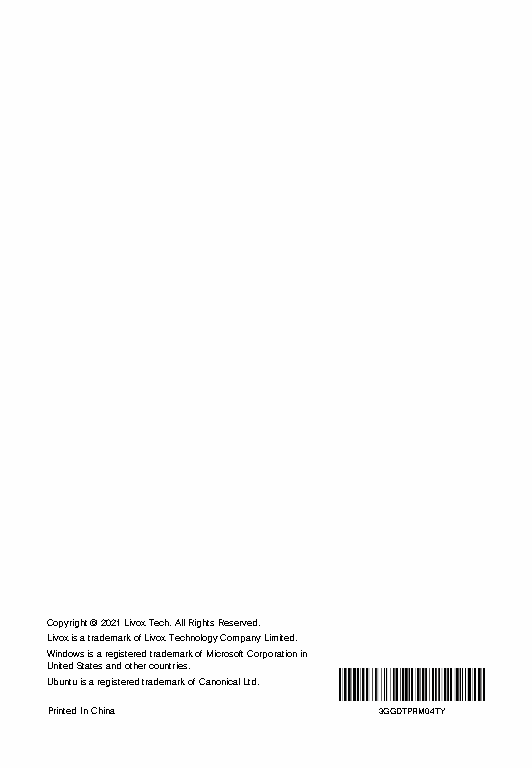
Copyright © 2021 Livox Tech. All Rights Reserved.
 Livox is a trademark of Livox Technology Company Limited.
 Windows is a registered trademark of Microsoft Corporation in
 United States and other countries.
 Ubuntu is a registered trademark of Canonical Ltd.
 Printed In China      3GGDTPRM04TY